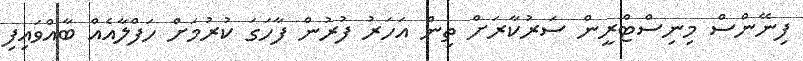
ފިނޭންސް މިނިސްޓްރީން ސަރުކާރަށް ތިން އަހަރު ފުރުން ފާހަގަ ކުރުމަށް ހަފްލާއެއް ބާއްވައިފި